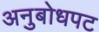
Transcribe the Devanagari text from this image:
अनुबोधपट